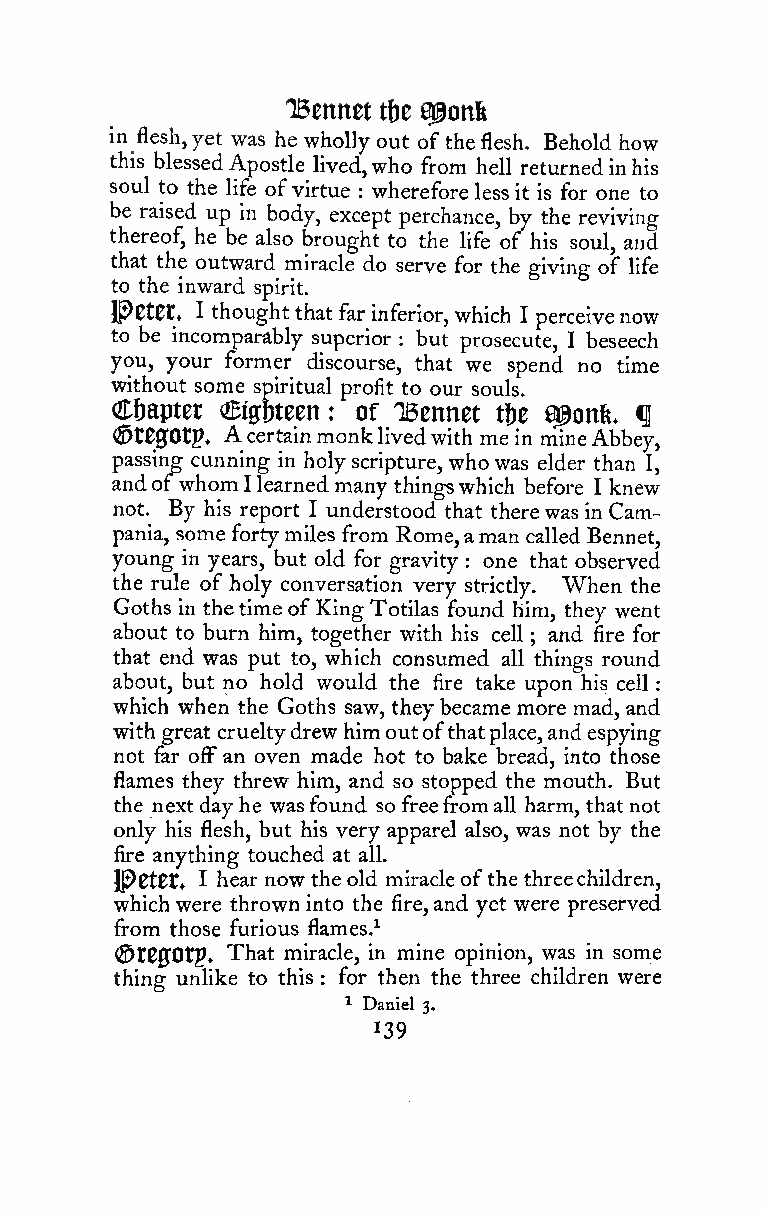
:
 'Bennet  0@onk
 tfje
 in flesh,yet was he wholly out of theflesh. Behold how
 this blessedApostle lived,who from hell returnedinhis
 soul to the life ofvirtue : wherefore less it is for one to
 be raised up in body, except perchance, by the reviving
 thereof, he be also brought to the life of his soul, and
 that the outward miracle do serve for the giving of life
 to the inward spirit.
 Peter. I thoughtthatfar inferior, which I perceive now
 to be incomparably superior : but prosecute, I beseech
 you, your former discourse, that we spend no time
 without some spiritual profit to our souls.
 C (S& ra ep jt Oe tpt
 .
 m As ch et rtt at inn m: ono kf liT vB eden win te ht metb ie
 n
 ma ig no enf Ae b. beq
 y,
 passing cunning in holyscripture, whowas elder than I,
 andofwhom Ilearnedmany thingswhich before I knew
 not. By his report I understood that therewas in Cam-
 pania, some fortymiles from Rome,aman called Bennet,
 young in years, but old for gravity one that observed
 :
 the rule of holy conversation very strictly. When the
 Goths in thetime ofKing Totilas found him, they went
 about to burn him, together with his cell ; and fire for
 that end was put to, which consumed all things round
 about, but no hold would the fire take upon his cell
 which when the Goths saw, they became more mad, and
 with great crueltydrewhimoutofthatplace, andespying
 not far off an oven made hot to bake bread, into those
 flames they threw him, and so stopped the mouth. But
 the next dayhe wasfound so freefromall harm, thatnot
 only his flesh, but his very apparel also, was not by the
 fire anything touched at all.
 IPetett I hear now the old miracleofthe threechildren,
 whichwere throwninto the fire,and yet were preserved
 from those furious flames.^
 (StejOtp. That miracle, in mine opinion, was in some
 thing unHke to this for then the three children were
 :
 '^ Daniel 3.